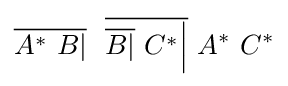
{\overline {A^{*}\ B|}}\ \ {\overline {{\overline {B|}}\ C^{*}{\Big |}}}\ A^{*}\ C^{*}